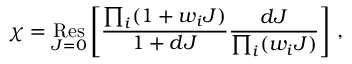
\chi = \mathop { \mathrm { R e s } } _ { J = 0 } \left[ \frac { \prod _ { i } ( 1 + w _ { i } J ) } { 1 + d J } \frac { d J } { \prod _ { i } ( w _ { i } J ) } \right] \, ,